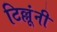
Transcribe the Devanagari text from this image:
टिल्लूंनी